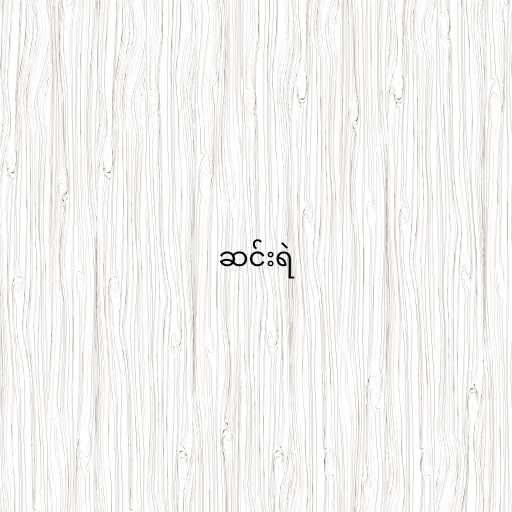
ဆင်းရဲ